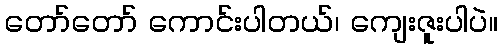
တော်တော် ကောင်းပါတယ်၊ ကျေးဇူးပါပဲ။